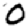
Digit: 0